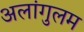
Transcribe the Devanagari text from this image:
अलांगुलम